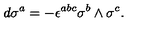
d \sigma ^ { a } = - \epsilon ^ { a b c } \sigma ^ { b } \wedge \sigma ^ { c } .